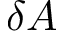
\delta A